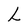
Character: L